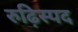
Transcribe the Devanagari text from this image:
रुढ़िस्पद